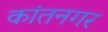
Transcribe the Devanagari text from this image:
कांतनगर